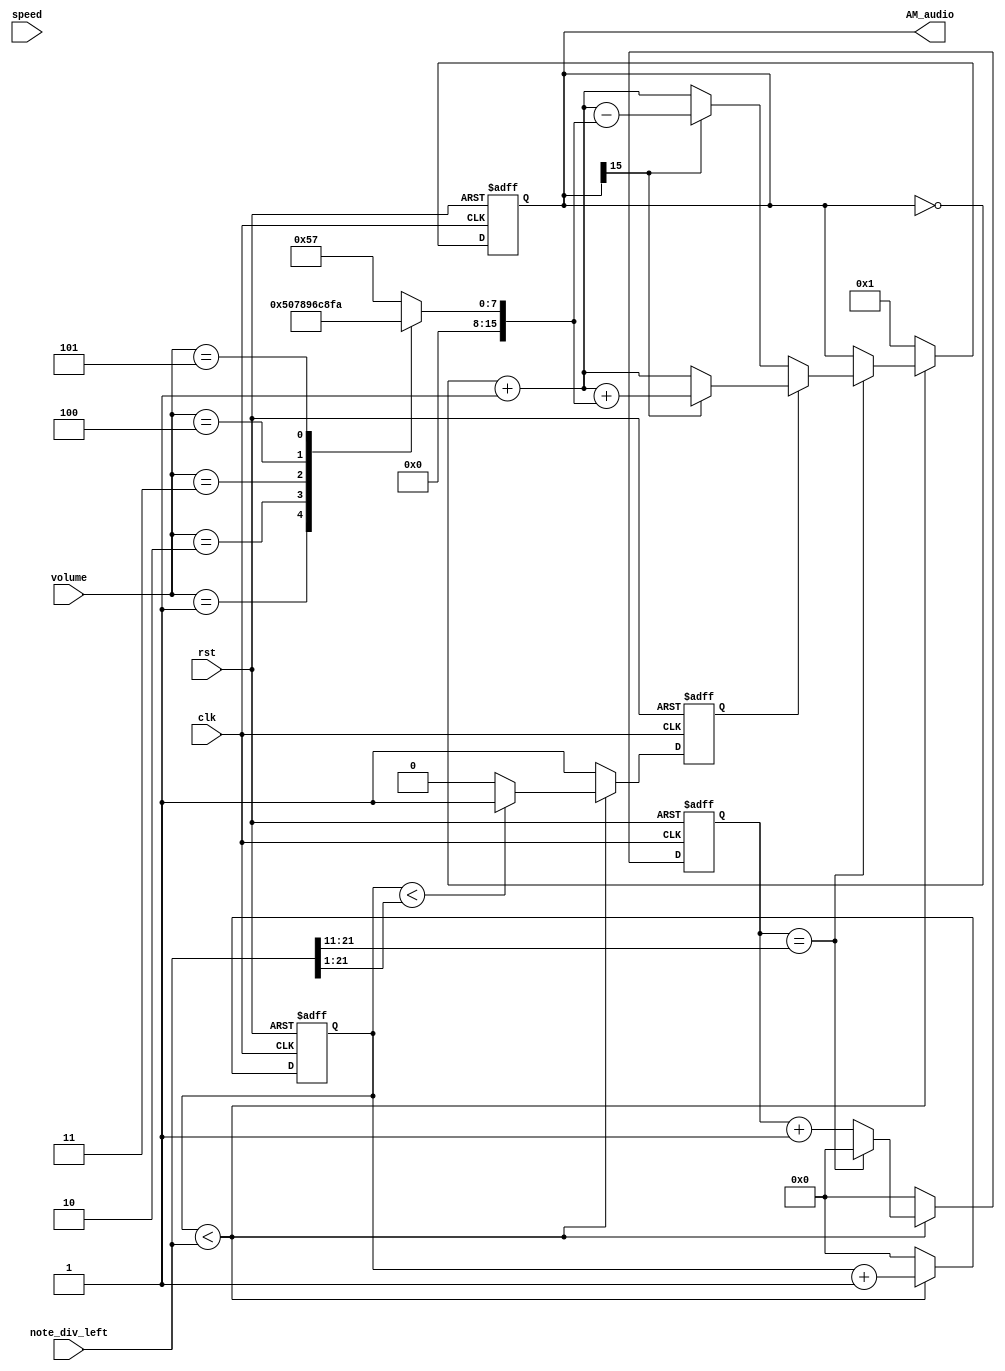
module AM_gen (
    input clk,
    input rst,
    input [1:0] speed,
    input [2:0] volume,
    input [21:0] note_div_left,
    output reg [15:0] AM_audio
);

reg [15:0] next_AM_audio, AM_audio_abs;
reg [31:0] cnt, global_cnt;
wire [31:0] cnt_max = ((note_div_left >> 1) >> 9) >> 1; //original=9

reg up;
reg [31:0] vol_step;

always @(posedge clk, posedge rst) begin
    if (rst) begin
        cnt <= 0;
        global_cnt <= 0;
        AM_audio <= 1;
        up <= 1;
    end else begin
        cnt <= cnt + 1;
        global_cnt <= global_cnt + 1;

        // up <= 1;
        // if (global_cnt == (note_div_left >> 1)) begin
        //     global_cnt <= 0;
        //     // AM_audio <= next_AM_audio;
        //     up <= ~up;
        // end
        if (global_cnt < note_div_left) begin
            if (global_cnt < (note_div_left >> 1)) begin
                up <= 1;
            end else begin
                up <= 0;
            end
            if (cnt == cnt_max) begin
                cnt <= 0;
                AM_audio <= next_AM_audio;
            end
        end else begin
            global_cnt <= 0;
            cnt <= 0;
            AM_audio <= 1;
            up <= 1;
        end
    end
end

always @(*) begin
    // next_AM_audio = AM_audio;
    if (up == 1) begin
        if (AM_audio[15] == 1) begin
            next_AM_audio = (~AM_audio + 1) + vol_step;
        end else begin
            next_AM_audio = ~AM_audio + 1;
        end
    end else begin
        if (AM_audio[15] == 1) begin
            next_AM_audio = (~AM_audio + 1) - vol_step;
        end else begin
            next_AM_audio = ~AM_audio + 1;
        end
    end

end

//octave=2:80~150,200,500 nice
//octave=1:250
always @(*) begin
    case (volume)
    /*3'd1: vol_step = 16'h3FFF / cnt_max;
    3'd2: vol_step = 16'h4FFF / cnt_max;
    3'd3: vol_step = 16'h5FFF / cnt_max;
    3'd4: vol_step = 16'h6FFF / cnt_max;
    3'd5: vol_step = 16'h7FFF / cnt_max;*/
    3'd1: vol_step = 80;
    3'd2: vol_step = 120;
    3'd3: vol_step = 150;
    3'd4: vol_step = 200;
    3'd5: vol_step = 250;
    default: vol_step = 87;
    endcase
end


// always @(*) begin
//     if(volume==1) begin
//         AM_audio_abs = (up == 1'b0) ? 16'hF000 : 16'h1000;
//     end else if(volume==2) begin
//         AM_audio_abs = (up == 1'b0) ? 16'hE000 : 16'h2000;
//     end else if(volume==3) begin
//         AM_audio_abs = (up == 1'b0) ? 16'hC000 : 16'h4000;
//     end else if(volume==4) begin
//         AM_audio_abs = (up == 1'b0) ? 16'hB000 : 16'h5000;
//     end else if(volume==5) begin
//         AM_audio_abs = (up == 1'b0) ? 16'hA000 : 16'h6000;
//     end else begin
//         AM_audio_abs = 16'h0000;
//     end
// end

endmodule